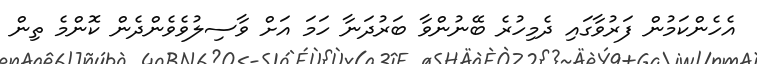
އެހެންކަމުން ފަރުވާގައި ދެމިހުރެ ބޭނުންވާ ބަރުދަނާ ހަމަ އަށް ވާސިލުވެވެންދެން ކޮންމެ ތިން